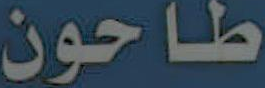
طاحون